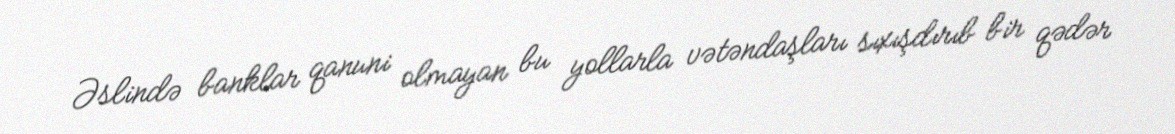
Əslində banklar qanuni olmayan bu yollarla vətəndaşları sıxışdırıb bir qədər